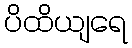
ပိထိယျရေ